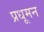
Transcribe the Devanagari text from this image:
प्रधूमन